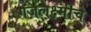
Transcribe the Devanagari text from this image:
गजलक्ष्मीचे